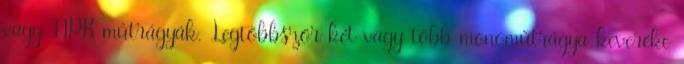
vagy NPK műtrágyák. Legtöbbször két vagy több monoműtrágya keveréke